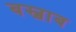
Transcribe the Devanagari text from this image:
बस्बाब